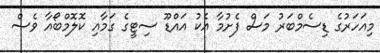
މިއަހަރުގެ ޑިސެމްބަރު މަސް ފެށުމާ އެކު އައްޑޫ ސިޓީގެ ގަމާއި ކޮލޮމްބޯއާ ވެސް